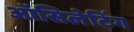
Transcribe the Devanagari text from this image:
ऑसिलेटिंग